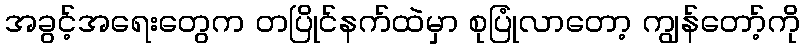
အခွင့်အရေးတွေက တပြိုင်နက်ထဲမှာ စုပြုံလာတော့ ကျွန်တော့်ကို